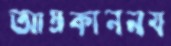
আম্রকাননয